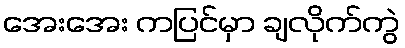
အေးအေး ကပြင်မှာ ချလိုက်ကွဲ